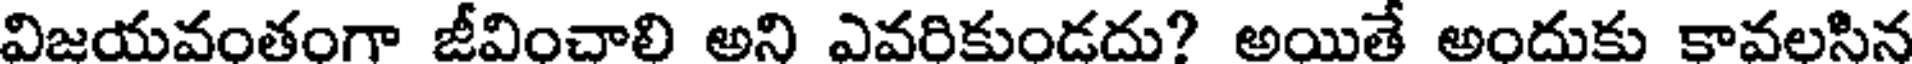
విజయవంతంగా జీవించాలి అని ఎవరికుండదు? అయితే అందుకు కావలసిన